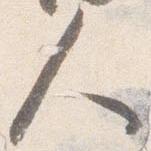
人